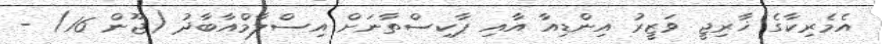
އެމެރިކާގެ ޚާރިޖީ ވަޒީރު އިންޑިއާ އާއި ޕާކިސްތާނަށް އިސްލާމްއާބާދު (ޖޫން 16) -